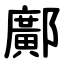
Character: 鄺